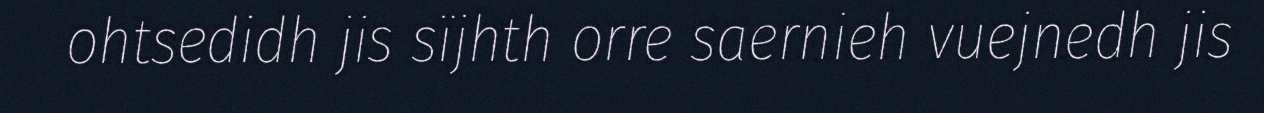
ohtsedidh jis sïjhth orre saernieh vuejnedh jis